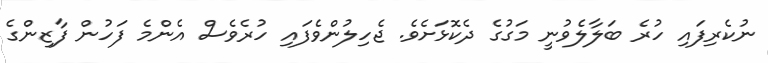
ނުކެރިފައި ހުރެ ބަލާލެވުނީ މަގުގެ ދެކޮޅަށެވެ. ޖެހިލުންވެފައި ހުރެވެސް އެންމެ ފަހުން ފާޒިންގެ